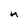
Character: n